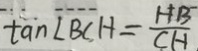
\tan \angle B C H = \frac { H B } { C H }